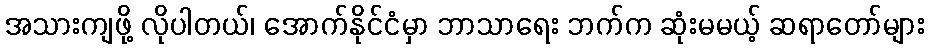
အသားကျဖို့ လိုပါတယ်၊ အောက်နိုင်ငံမှာ ဘာသာရေး ဘက်က ဆုံးမမယ့် ဆရာတော်များ